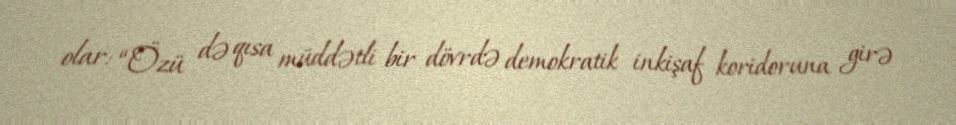
olar: “Özü də qısa müddətli bir dövrdə demokratik inkişaf koridoruna girə